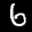
Label: 6